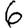
Digit: 6